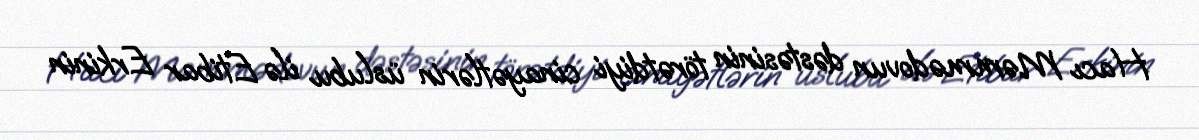
Hacı Məmmədovun dəstəsinin törətdiyi cinayətlərin üslubu ilə Etibar Erkinin